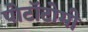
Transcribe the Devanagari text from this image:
पोटॉटोमी